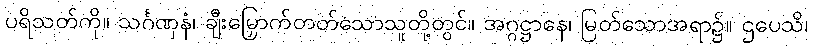
ပရိသတ်ကို။ သင်္ဂဏှနံ၊ ချီးမြှောက်တတ်သောသူတို့တွင်။ အဂ္ဂဋ္ဌာနေ၊ မြတ်သောအရာ၌။ ဌပေသိ၊